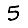
Digit: 5